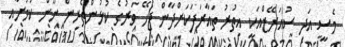
މެސީ އަދި ސުއަރޭޒްއަކީ އިތުރު ތައާރަފަކަށްދާން ޖެހޭ ވަރުގެ ކުޅުންތެރިން ނޫން ކަމަށާއި